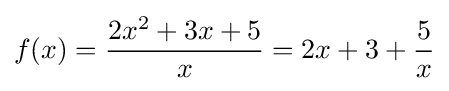
f(x)={\frac {2x^{2}+3x+5}{x}}=2x+3+{\frac {5}{x}}